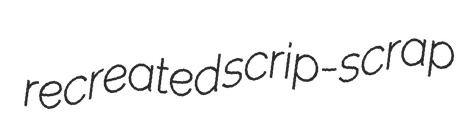
recreated scrip-scrap